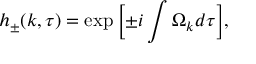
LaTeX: h _ { \pm } ( k , \tau ) = \exp { \biggl [ \pm i \int \Omega _ { k } d \tau \biggr ] } ,